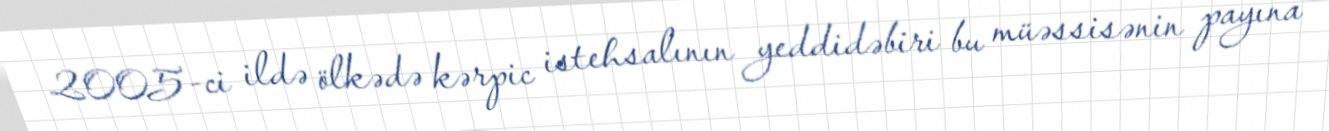
2005-ci ildə ölkədə kərpic istehsalının yeddidəbiri bu müəssisənin payına